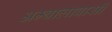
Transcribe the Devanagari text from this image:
अम्बालावासी